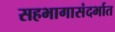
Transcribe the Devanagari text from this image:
सहभागासंदर्भात